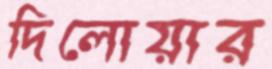
দিলোয়ার